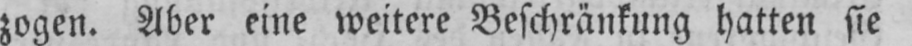
zogen. Aber eine weitere Beschränkung hatten sie